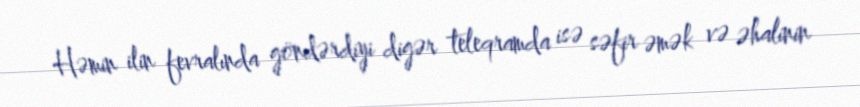
Həmin ilin fevralında göndərdiyi digər teleqramda isə səfir əmək və əhalinin